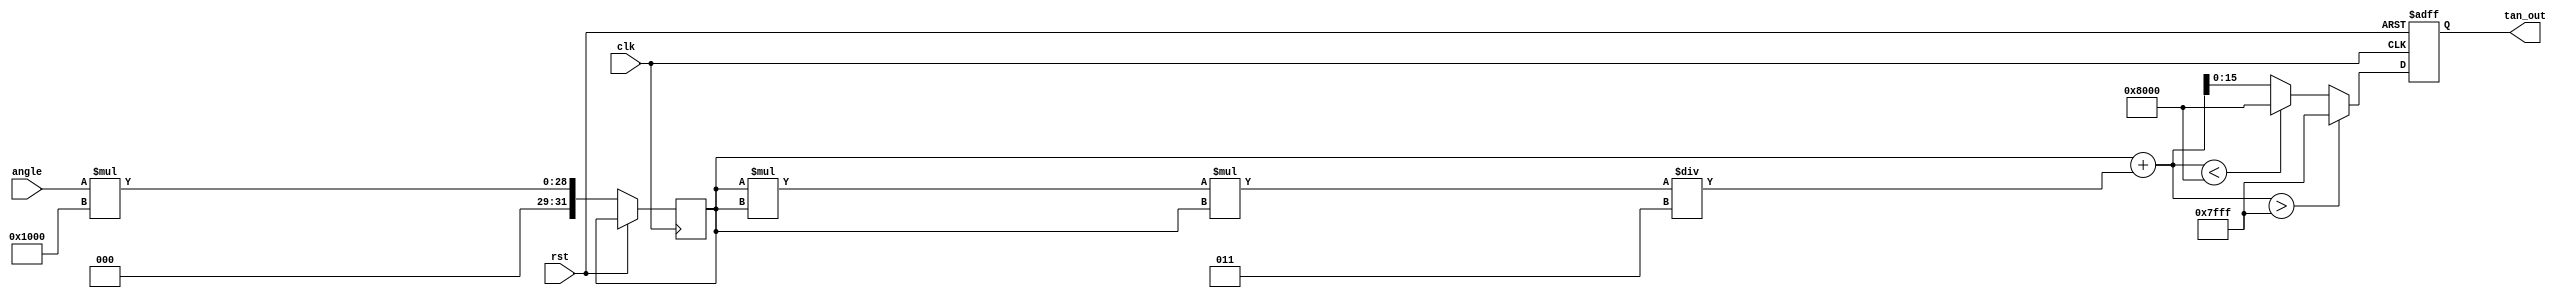
module tan_arithmetic_block (
    input  wire [15:0] angle, // 16-bit input angle in fixed-point representation (radians)
    output reg  [15:0] tan_out, // 16-bit output for tangent value
    input  wire clk,
    input  wire rst
);

    // Constants for fixed point representation
    parameter FIXED_POINT_FRACTIONAL_BITS = 12;
    parameter FIXED_POINT_ONE = (1 << FIXED_POINT_FRACTIONAL_BITS);

    // Taylor series coefficients for tan(x) approximation
    // Using fixed-point representation
    reg signed [31:0] a0, a1, a2, a3;
    
    initial begin
        // Coefficients for Taylor series expansion
        a0 = 0; // tan(0) = 0
        a1 = FIXED_POINT_ONE; // first order term
        a2 = 0; // second order term
        a3 = (1 << (FIXED_POINT_FRACTIONAL_BITS - 2)); // third order term (x^3 / 3!)
    end

    // Intermediate results
    reg signed [31:0] x;
    reg signed [31:0] tan_approx;

    always @(posedge clk or posedge rst) begin
        if (rst) begin
            tan_out <= 16'b0;
        end else begin
            // Normalize angle to range (-/2, /2), here we assume input is already in this range
            // Convert angle to fixed point
            x <= angle * FIXED_POINT_ONE; // Scale input to fixed-point
            
            // Calculate tan(x) using the first few terms of the Taylor series
            // tan(x) = x + (x^3 / 3) + ...
            tan_approx = x + (x * x * x) / 3; // Only up to the third order for simplicity

            // Handle potential overflow or undefined values
            if (tan_approx > (1 << 15) - 1) begin
                tan_out <= 16'h7FFF; // Saturate to max value for large outputs
            end else if (tan_approx < -(1 << 15)) begin
                tan_out <= 16'h8000; // Saturate to min value for large negative outputs
            end else begin
                tan_out <= tan_approx[15:0]; // Output the lower 16 bits
            end
        end
    end
endmodule